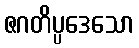
ဇဂတိပ္ပဒေသော